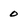
Character: 0